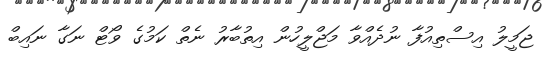
ޖަމީލު އިސްތިއުފާ ނުދެއްވާ މަޖްލީހުން އިތުބާރު ނެތް ކަމުގެ ވޯޓް ނަގާ ނައިބް